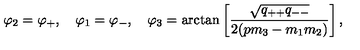
\varphi _ { 2 } = \varphi _ { + } , \quad \varphi _ { 1 } = \varphi _ { - } , \quad \varphi _ { 3 } = \arctan \left[ \frac { \sqrt { q _ { + + } q _ { -- } } } { 2 ( p m _ { 3 } - m _ { 1 } m _ { 2 } ) } \right] ,